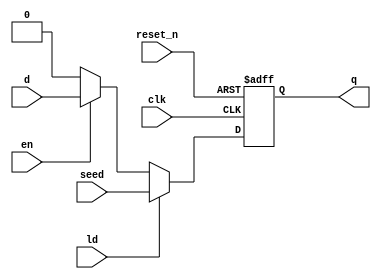
// Predrag Curcic
// Bitsolver
// Description
// Node for each bit of LFSR 

module lfsr_node (
    // Inputs
    clk,
    reset_n,
    ld,
    en,
    seed,
    d,
    // Output
    q
);

    input clk           ; // Main clock
    input reset_n       ; // Reset, active low
    input ld            ; // Enables seed load 
    input en            ; // Enable 
    input seed          ; // Seed value
    input d             ; // Input data

    output wire q       ; // Output data

    reg d_ff            ; 

    always @(posedge clk or negedge reset_n)
    begin
        if (!reset_n)
            d_ff <= 1'b0;
        else begin
            if (ld) // Priority over enable
                d_ff <= seed;
            else if (en)
                d_ff <= d;
            else 
                d_ff <= 1'b0;
        end 
    end

    assign q = d_ff;

endmodule // lfsr_node